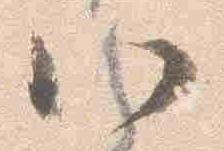
八